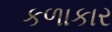
કળાકાર